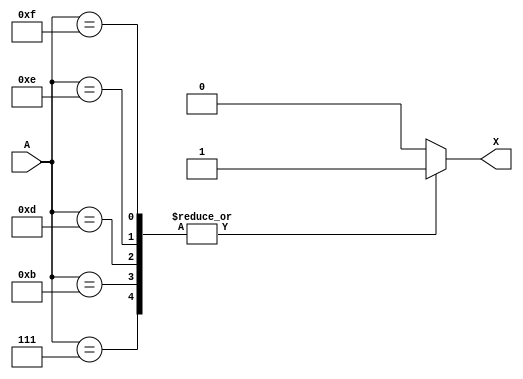
module dec_t3(A,X);
  
  input [3:0]A;
  output X;
  reg X;
  
  always @(A)
  begin
    case(A)
      4'b0111: X=1;
      4'b1011: X=1;
      4'b1101: X=1;
      4'b1110: X=1;
      4'b1111: X=1;
      default: X=0;
  endcase
end
endmodule